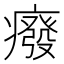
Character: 癈